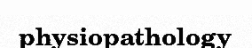
physiopathology